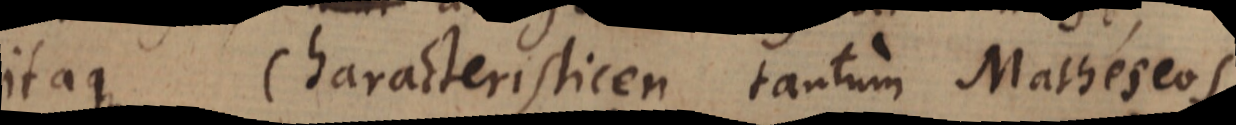
itaque Characteristicen tantum Matheseos